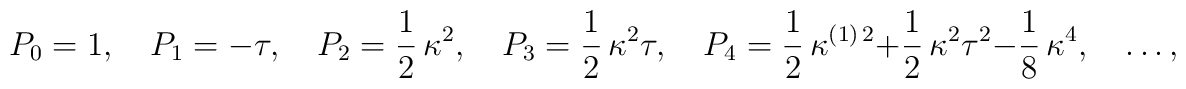
P_0 = 1, \quad P_1 = -\tau, \quad P_2 = \frac{1}{2}\, \kappa^2, \quad P_3 = \frac{1}{2}\, \kappa^2\tau, \quad P_4 = \frac{1}{2}\, \kappa^{(1)\,2}      + \frac{1}{2}\,\kappa^2\tau^2 - \frac{1}{8}\,\kappa^4, \quad \ldots,